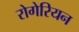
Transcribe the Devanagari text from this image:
रोगेरियन